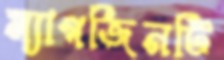
ম্যাগজিনটি